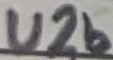
Text: U2b